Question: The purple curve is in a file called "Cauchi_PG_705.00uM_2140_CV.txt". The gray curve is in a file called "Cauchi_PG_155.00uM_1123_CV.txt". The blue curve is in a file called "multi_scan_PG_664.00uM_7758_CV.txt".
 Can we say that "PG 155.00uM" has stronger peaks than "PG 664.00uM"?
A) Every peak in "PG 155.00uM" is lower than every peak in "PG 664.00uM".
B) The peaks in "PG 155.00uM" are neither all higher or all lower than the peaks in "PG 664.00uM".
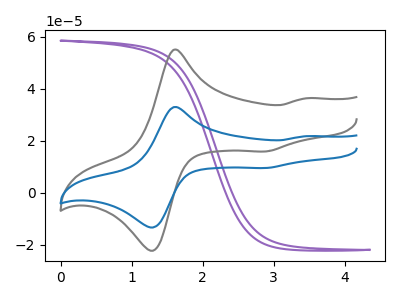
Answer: <think>The purple curve "PG 705.00uM" has no peaks. The gray curve "PG 155.00uM" has anodic peaks at (1.60V, 55.00uA) (3.45V, 36.30uA) and cathodic peaks at (1.25V, -21.80uA) (2.90V, 15.85uA). The blue curve "PG 664.00uM" has anodic peaks at (1.60V, 32.95uA) (3.45V, 21.75uA) and cathodic peaks at (1.25V, -13.05uA) (2.90V, 9.50uA).</think>
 <answer>B) The peaks in "PG 155.00uM" are neither all higher or all lower than the peaks in "PG 664.00uM".</answer>
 <eval>B</eval>